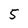
Character: 5